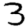
Digit: 3